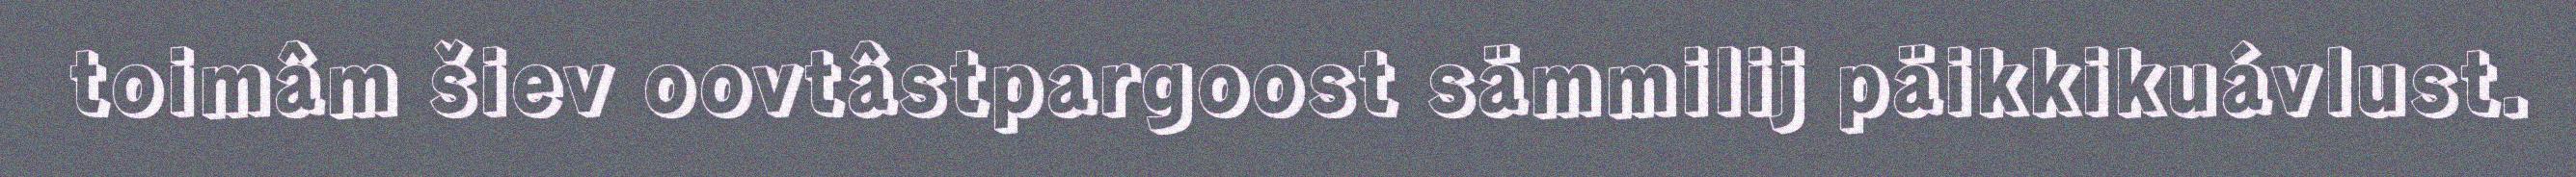
toimâm šiev oovtâstpargoost sämmilij päikkikuávlust.